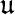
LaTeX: \mathfrak{u}